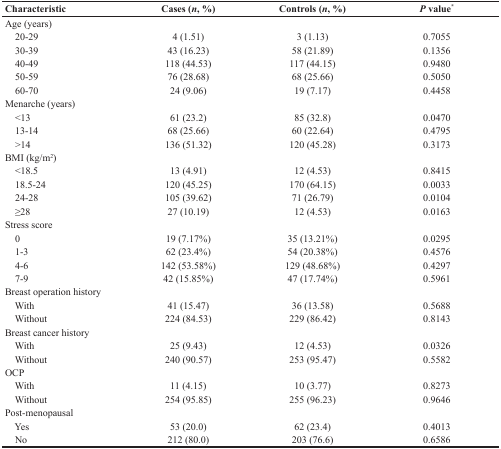
<table><thead><tr><td><b>Characteristic</b></td><td><b>Cases (<i>n</i>, %)</b></td><td><b>Controls (<i>n</i>, %)</b></td><td><b><i>P</i> value<sup>*</sup></b></td></tr></thead><tbody><tr><td>Age (years)</td><td></td><td></td><td></td></tr><tr><td> 20-29</td><td>4 (1.51)</td><td>3 (1.13)</td><td>0.7055</td></tr><tr><td> 30-39</td><td>43 (16.23)</td><td>58 (21.89)</td><td>0.1356</td></tr><tr><td> 40-49</td><td>118 (44.53)</td><td>117 (44.15)</td><td>0.9480</td></tr><tr><td> 50-59</td><td>76 (28.68)</td><td>68 (25.66)</td><td>0.5050</td></tr><tr><td> 60-70</td><td>24 (9.06)</td><td>19 (7.17)</td><td>0.4458</td></tr><tr><td>Menarche (years)</td><td></td><td></td><td></td></tr><tr><td> &lt;13</td><td>61 (23.2)</td><td>85 (32.8)</td><td>0.0470</td></tr><tr><td> 13-14</td><td>68 (25.66)</td><td>60 (22.64)</td><td>0.4795</td></tr><tr><td> &gt;14</td><td>136 (51.32)</td><td>120 (45.28)</td><td>0.3173</td></tr><tr><td>BMI (kg/m<sup>2</sup>)</td><td></td><td></td><td></td></tr><tr><td> &lt;18.5</td><td>13 (4.91)</td><td>12 (4.53)</td><td>0.8415</td></tr><tr><td> 18.5-24</td><td>120 (45.25)</td><td>170 (64.15)</td><td>0.0033</td></tr><tr><td> 24-28</td><td>105 (39.62)</td><td>71 (26.79)</td><td>0.0104</td></tr><tr><td> ≥28</td><td>27 (10.19)</td><td>12 (4.53)</td><td>0.0163</td></tr><tr><td>Stress score</td><td></td><td></td><td></td></tr><tr><td> 0</td><td>19 (7.17%)</td><td>35 (13.21%)</td><td>0.0295</td></tr><tr><td> 1-3</td><td>62 (23.4%)</td><td>54 (20.38%)</td><td>0.4576</td></tr><tr><td> 4-6</td><td>142 (53.58%)</td><td>129 (48.68%)</td><td>0.4297</td></tr><tr><td> 7-9</td><td>42 (15.85%)</td><td>47 (17.74%)</td><td>0.5961</td></tr><tr><td>Breast operation history</td><td></td><td></td><td></td></tr><tr><td> With</td><td>41 (15.47)</td><td>36 (13.58)</td><td>0.5688</td></tr><tr><td> Without</td><td>224 (84.53)</td><td>229 (86.42)</td><td>0.8143</td></tr><tr><td>Breast cancer history</td><td></td><td></td><td></td></tr><tr><td> With</td><td>25 (9.43)</td><td>12 (4.53)</td><td>0.0326</td></tr><tr><td> Without</td><td>240 (90.57)</td><td>253 (95.47)</td><td>0.5582</td></tr><tr><td>OCP</td><td></td><td></td><td></td></tr><tr><td> With</td><td>11 (4.15)</td><td>10 (3.77)</td><td>0.8273</td></tr><tr><td> Without</td><td>254 (95.85)</td><td>255 (96.23)</td><td>0.9646</td></tr><tr><td>Post-menopausal</td><td></td><td></td><td></td></tr><tr><td> Yes</td><td>53 (20.0)</td><td>62 (23.4)</td><td>0.4013</td></tr><tr><td> No</td><td>212 (80.0)</td><td>203 (76.6)</td><td>0.6586</td></tr></tbody></table>